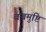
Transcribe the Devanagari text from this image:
वज्रमुष्टि